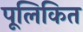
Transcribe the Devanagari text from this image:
पूलिकित